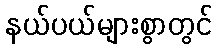
နယ်ပယ်များစွာတွင်